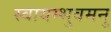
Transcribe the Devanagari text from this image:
स्वायम्भुवमनु